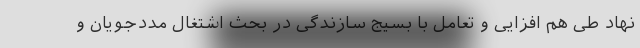
نهاد طی هم افزایی و تعامل با بسیج سازندگی در بحث اشتغال مددجویان و